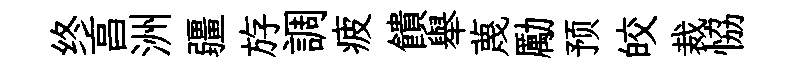
终亯洲疆斿調疲饋舉蔑勵预皎裁恊